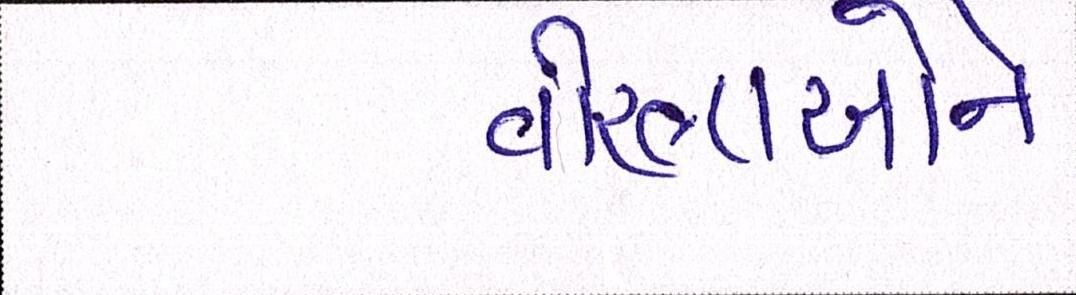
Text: વીરલાઓને